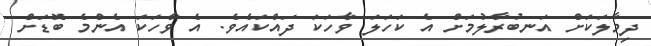
ދިމާލަކަށް އަނބުރާލުމަށް އެ ކަހަލަ ވާހަކަ ދައްކައެވެ. އެ ވާހަކަ އެންމެ ބޮޑަށް